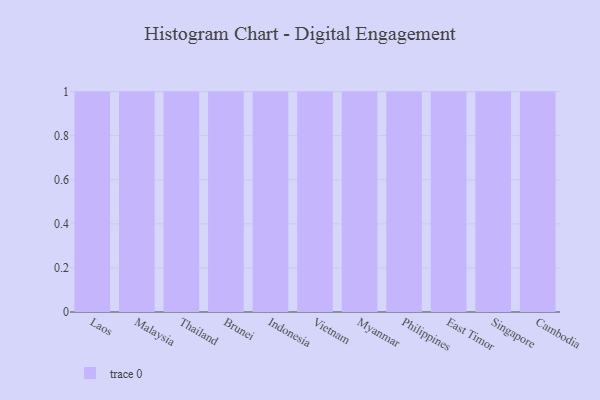
{"axis": {"x": "Country", "y": "Conversion Rate (%)"}, "legend": [""], "data": [{"x": "Laos", "y": 13, "type": ""}, {"x": "Malaysia", "y": 27, "type": ""}, {"x": "Thailand", "y": 77, "type": ""}, {"x": "Brunei", "y": 75, "type": ""}, {"x": "Indonesia", "y": 19, "type": ""}, {"x": "Vietnam", "y": 84, "type": ""}, {"x": "Myanmar", "y": 1, "type": ""}, {"x": "Philippines", "y": 21, "type": ""}, {"x": "East Timor", "y": 90, "type": ""}, {"x": "Singapore", "y": 15, "type": ""}, {"x": "Cambodia", "y": 35, "type": ""}]}